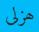
ھزلى